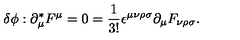
\delta \phi : \partial _ { \mu } ^ { * } F ^ { \mu } = 0 = \frac { 1 } { 3 ! } \epsilon ^ { \mu \nu \rho \sigma } \partial _ { \mu } F _ { \nu \rho \sigma } .